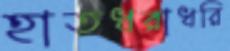
হাতধরাধরি